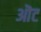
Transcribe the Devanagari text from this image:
ऒट